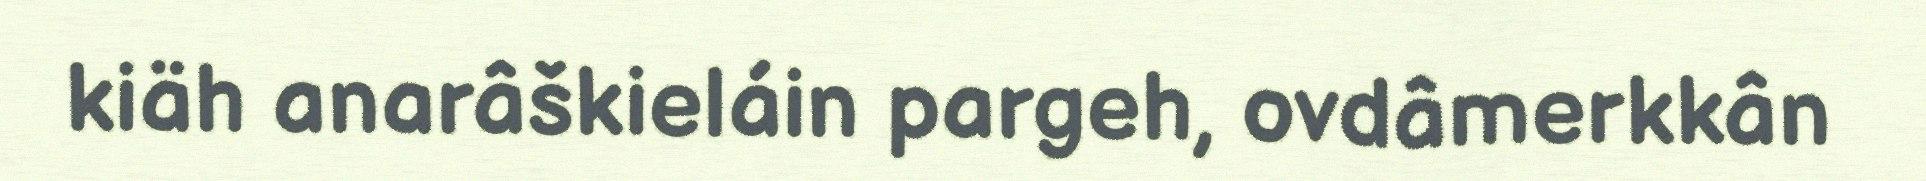
kiäh anarâškieláin pargeh, ovdâmerkkân